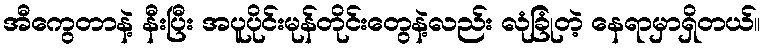
အီကွေတာနဲ့ နီးပြီး အပူပိုင်းမုန်တိုင်းတွေနဲ့လည်း လုံခြုံတဲ့ နေရာမှာရှိတယ်။